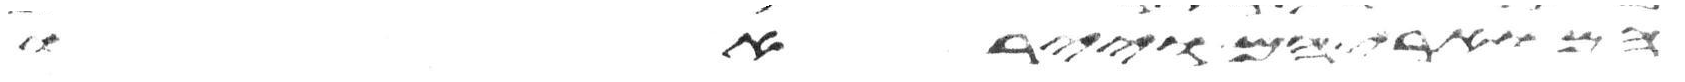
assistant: הארץ ויראו